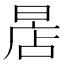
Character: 𣈔